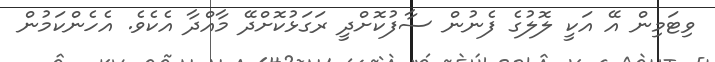
ވިޓަމިން އޭ އަކީ ލޮލުގެ ފެނުން ސާފުކޮށްދީ ރަގަޅުކޮށްދޭ މާއްދާ އެކެވެ. އެހެންކަމުން